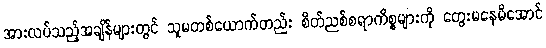
အားလပ်သည့်အချိန်များတွင် သူမတစ်ယောက်တည်း စိတ်ညစ်စရာကိစ္စများကို တွေးမနေမိအောင်